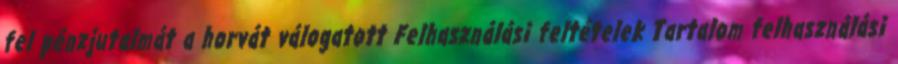
fel pénzjutalmát a horvát válogatott Felhasználási feltételek Tartalom felhasználási